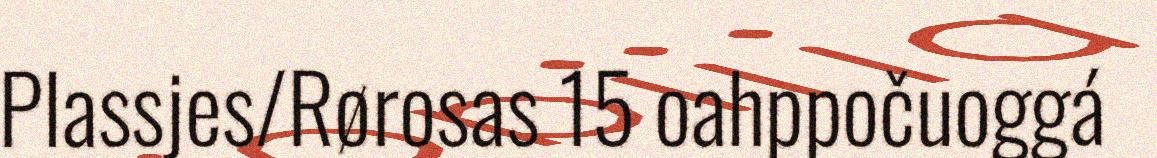
Plassjes/Rørosas 15 oahppočuoggá